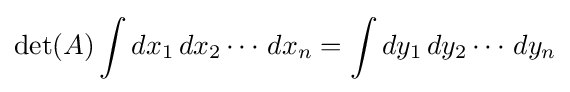
\det(A)\int dx_{1}\,dx_{2}\cdots \,dx_{n}=\int dy_{1}\,dy_{2}\cdots \,dy_{n}